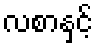
လစာနှင့်